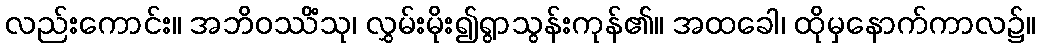
လည်းကောင်း။ အဘိဝဿိံသု၊ လွှမ်းမိုး၍ရွာသွန်းကုန်၏။ အထခေါ၊ ထိုမှနောက်ကာလ၌။